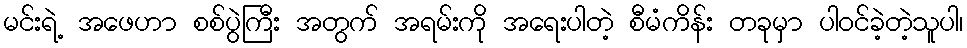
မင်းရဲ့ အဖေဟာ စစ်ပွဲကြီး အတွက် အရမ်းကို အရေးပါတဲ့ စီမံကိန်း တခုမှာ ပါဝင်ခဲ့တဲ့သူပါ၊